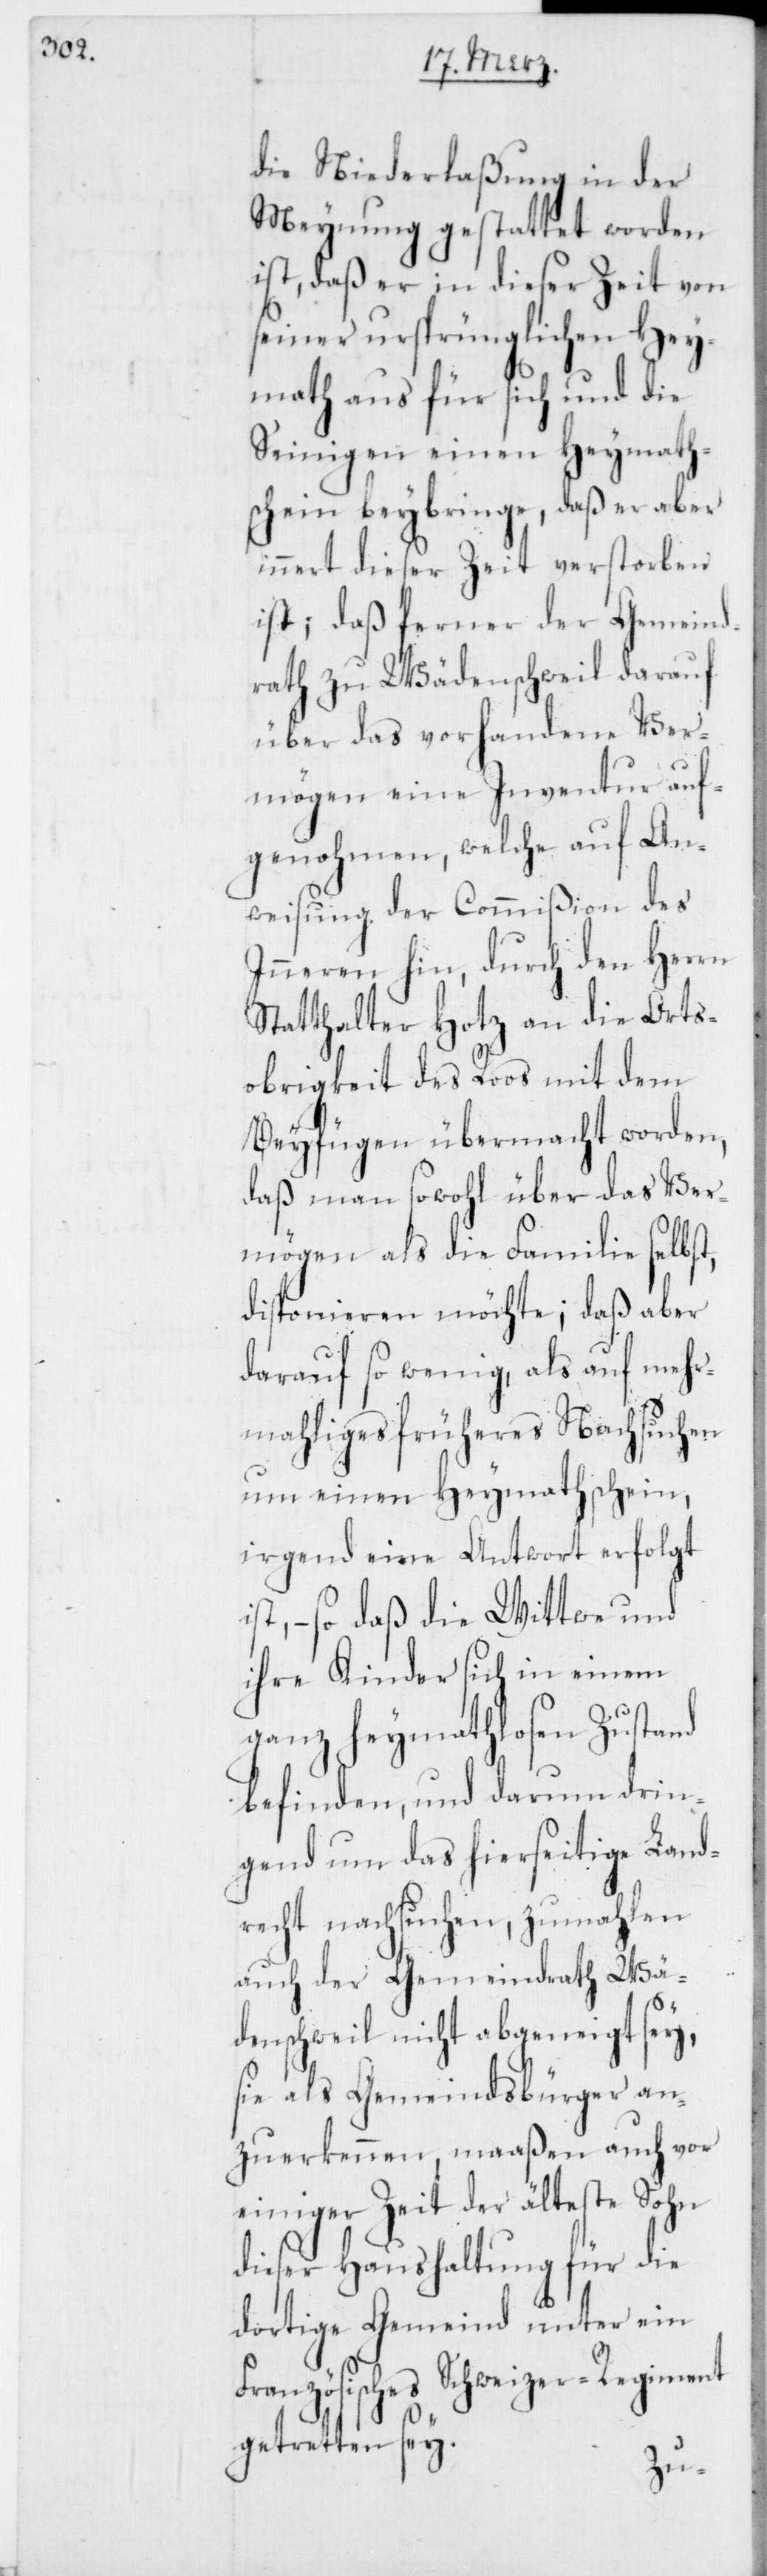
die Niederlaßung in der
Meynung gestattet worden
ist, daß er in dieser Zeit von
seiner ursprünglichen Hey¬
math aus für sich und die
Seinigen einen Heymath¬
schein beybringe, daß er aber
innert dieser Zeit verstorben
ist; daß ferner der Gemeind¬
rath zu Wädenschweil darauf
über das vorhandene Ver¬
mögen eine Inventur auf¬
genohmen, welche auf An¬
weisung der Commißion des
Inneren hin, durch den Herrn
Statthalter Hotz an die Orts¬
obrigkeit des Roos mit dem
Beyfügen übermacht worden,
daß man sowohl über das Ver¬
mögen als die Familie selbst,
disponieren möchte; daß aber
darauf so wenig, als auf mehr¬
mahliges früheres Nachsuchen
um einen Heymathschein,
irgend eine Antwort erfolgt
ist, – so daß die Wittwe und
ihre Kinder sich in einem
ganz heymathlosen Zustand
befinden, und darum drin¬
gend um das hierseitige Land¬
recht nachsuchen, zumahlen
auch der Gemeindrath Wä¬
denschweil nicht abgeneigt sey,
sie als Gemeindsbürger an¬
zuerkennen, maaßen auch vor
einiger Zeit der älteste Sohn
dieser Haushaltung für die
dortige Gemeind unter ein
Französisches Schweizer-Regiment
getretten sey.